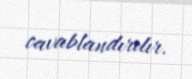
cavablandırılır.